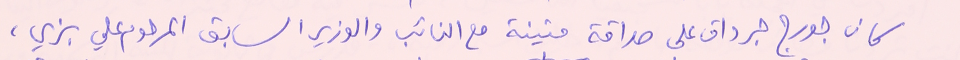
كان جورج جرداق على صداقة متينة مع النائب والوزير السابق المرحوم علي بزي،